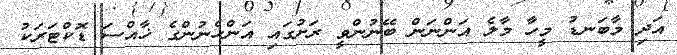
އަދި މާބަނޑު މީހާ މާލެ އަންނަން ބޭނުންވީ ރަށުގައި އަންހެނުންގެ ޚާއްސަ ޑޮކްޓަރަކު